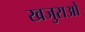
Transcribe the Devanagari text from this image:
खजुराओ